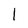
Character: 1